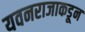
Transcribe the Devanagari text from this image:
यवनराजाकडून